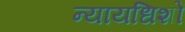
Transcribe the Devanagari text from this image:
न्यायधिशों